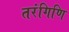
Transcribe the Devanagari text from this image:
तरंगिणि